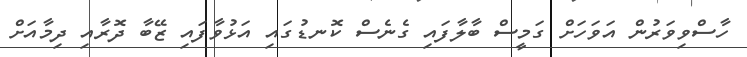
ހާސްވިވަރުން އަވަހަށް ގަމީސް ބާލާފައި ގެނެސް ކޮނޑުގައި އަޅުވާފައި ޒޭބާ ދޮރާއި ދިމާއަށް